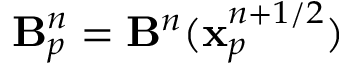
\mathbf { B } _ { p } ^ { n } = \mathbf { B } ^ { n } ( \mathbf { x } _ { p } ^ { n + 1 / 2 } )